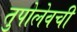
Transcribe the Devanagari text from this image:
तुपोलेवची